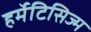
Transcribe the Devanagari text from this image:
हर्मेटिसिज्म